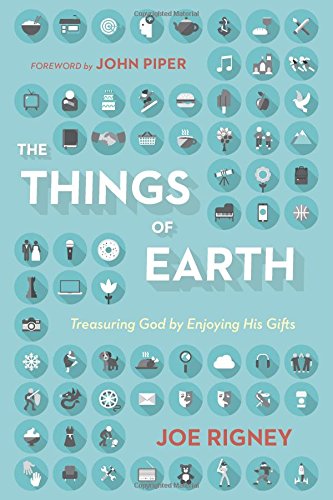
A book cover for The Things of Earth: Treasuring God by Enjoying His Gifts; Joe Rigney; Christian Books & Bibles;